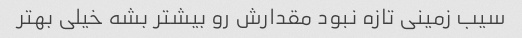
سیب زمینی تازه نبود مقدارش رو بیشتر بشه خیلی بهتر